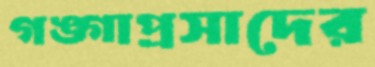
গঙ্গাপ্রসাদের